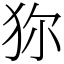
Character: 狝